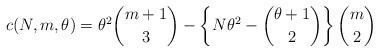
LaTeX: \begin{gather*}c(N, m, \theta) = \theta^2 \dbinom{m+1}{3} - \left\{ N\theta^2 - \dbinom{\theta + 1}{2} \right\}\dbinom{m}{2}\end{gather*}